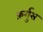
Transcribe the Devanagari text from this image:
फ़र्गुस